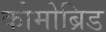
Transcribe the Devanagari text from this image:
कोमोब्रिड